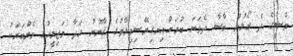
މެސީގެ ދެ ގޯލުން ބާސާ ދެވަނަ ބުރަށްއިނގިރޭސިވިލާތުގެ ޤާނޫނު ހަދާ މަޖިލީހުގެ މެންބަރަކު